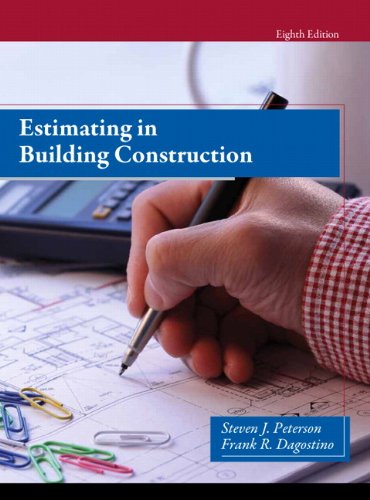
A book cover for Estimating in Building Construction; Steven Peterson; Engineering & Transportation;